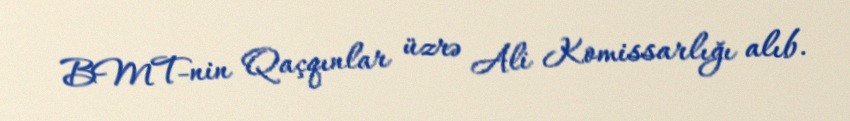
BMT-nin Qaçqınlar üzrə Ali Komissarlığı alıb.